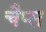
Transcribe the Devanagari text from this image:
चैप्स